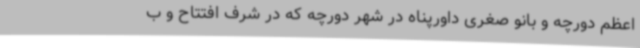
اعظم دورچه و بانو صغری داورپناه در شهر دورچه که در شرف افتتاح و ب